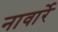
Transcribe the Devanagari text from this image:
नावार्रे